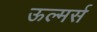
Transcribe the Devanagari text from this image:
ऊल्मर्स